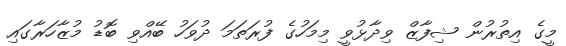
މީގެ އިތުރުން ޝިފާޒް ވިދާޅުވީ މިމަހުގެ ފުރަތަމަ ދުވަހު ބޭއްވި ބޮޑު މުޒާހަރާގައި